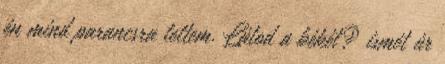
én mind parancsra tettem. Látod a békét? ismét úr